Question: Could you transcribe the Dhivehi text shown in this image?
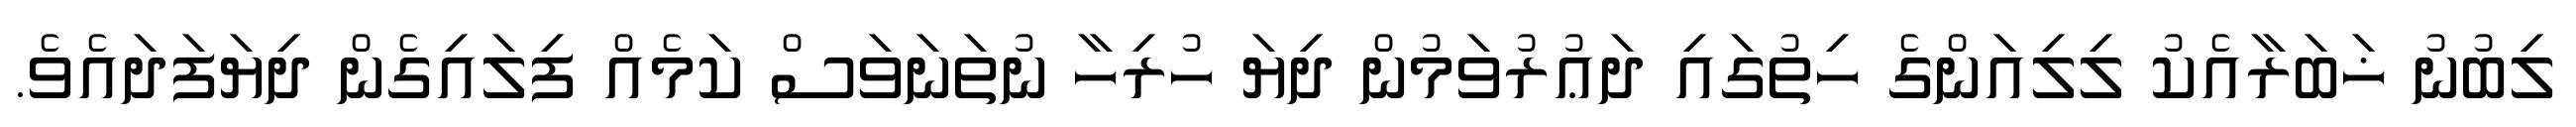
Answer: ލިބުނު ޚަބަރާއެކު ލިލިއަންގެ ހިތުގައި ދަޢުރުވަމުން ދިޔަ ހުރިހާ ނުތަނަވަސް ކަމެއް ފިލައިގެން ދިޔަފަދައެވެ.